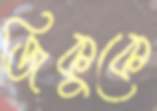
জিকুকে